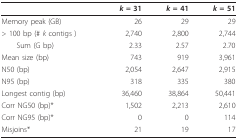
|  | k = 31 | k = 41 | k = 51 |
 | --- | --- | --- | --- |
 | Memory peak (GB) | 26 | 29 | 29 |
 | > 100 bp (# k contigs ) | 2,740 | 2,800 | 2,744 |
 | Sum (G bp) | 2.33 | 2.57 | 2.70 |
 | Mean size (bp) | 743 | 919 | 3,961 |
 | N50 (bp) | 2,054 | 2,647 | 2,915 |
 | N95 (bp) | 318 | 335 | 380 |
 | Longest contig (bp) | 36,460 | 38,864 | 50,441 |
 | Corr NG50 (bp)* | 1,502 | 2,213 | 2,610 |
 | Corr NG95 (bp)* | 0 | 0 | 114 |
 | Misjoins* | 21 | 19 | 17 |